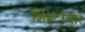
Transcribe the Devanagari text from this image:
शिश्टाचार